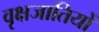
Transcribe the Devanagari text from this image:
वृक्षजातियों